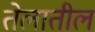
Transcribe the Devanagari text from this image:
तेलातील